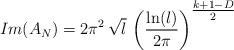
LaTeX: \begin{align*}Im(A_N) = 2\pi^2\,\sqrt{l} \,\left( \frac{\ln(l)}{2\pi} \right)^{{\textstyle \frac{k+1-D}{2}}}\end{align*}